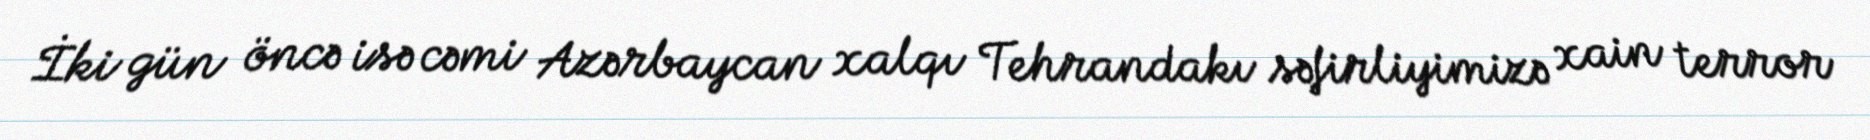
İki gün öncə isə cəmi Azərbaycan xalqı Tehrandakı səfirliyimizə xain terror